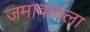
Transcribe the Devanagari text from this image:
जमाववाला